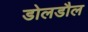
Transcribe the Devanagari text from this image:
डोलडौल